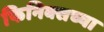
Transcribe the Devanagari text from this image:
फिनिक्सच्या